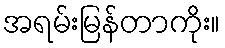
အရမ်းမြန်တာကိုး။